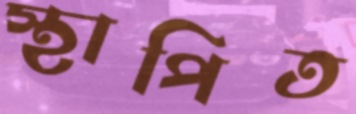
স্থাপিত